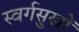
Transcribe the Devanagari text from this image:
स्वर्गसुखों